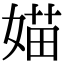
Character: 媌